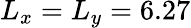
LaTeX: L_{x}=L_{y}=6.27